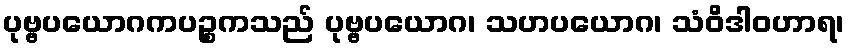
ပုဗ္ဗပယောဂကပဉ္စကသည် ပုဗ္ဗပယောဂ၊ သဟပယောဂ၊ သံဝိဒါဝဟာရ၊